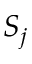
S _ { j }